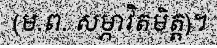
(ម.ព. សម្ភាវិតមិត្ត)។